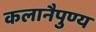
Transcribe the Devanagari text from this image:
कलानैपुण्य